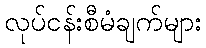
လုပ်ငန်းစီမံချက်များ